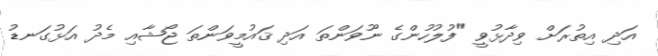
އަދި އިތުރަށް ވިދާޅުވީ "ފުލުހުންގެ ނޫވަންތަ އަދި ޤައުމީވަންތަ ޖޯޝާއި މެދު އަޅުގަނޑު